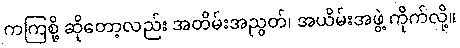
ကကြစို့ ဆိုတော့လည်း အတိမ်းအညွတ်၊ အယိမ်းအဖွဲ့ ကိုက်လို့။